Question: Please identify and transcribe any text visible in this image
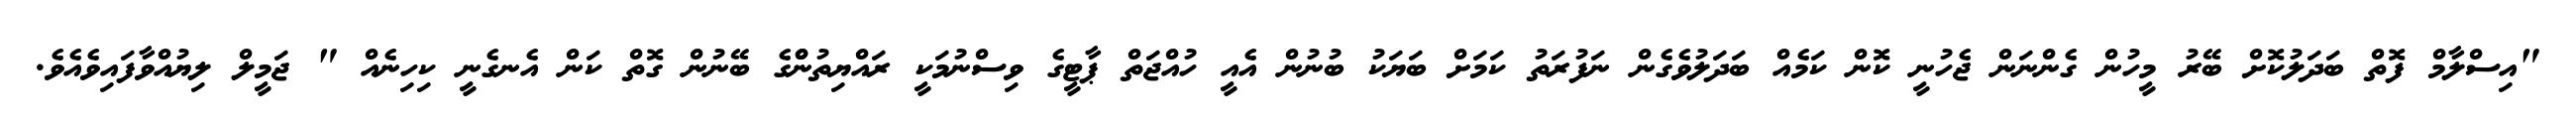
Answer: "އިސްލާމް ފޮތް ބަދަލުކޮށް ބޭރު މީހުން ގެންނަން ޖެހުނީ ކޮން ކަމެއް ބަދަލުވެގެން ނަފުރަތު ކަމަށް ބަޔަކު ބުނުން އެއީ ހުއްޖަތް ޕާޓީގެ ވިސްނުމަކީ ރައްޔިތުންްގެ ބޭނުން ގޮތް ކަން އެނގެނީ ކިހިނެއް " ޖަމީލް ލިޔުއްވާފައިވެއެވެ.